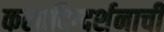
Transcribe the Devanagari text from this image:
कलादिग्दर्शनाची